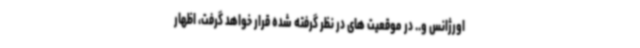
اورژانس و.. در موقعیت های در نظر گرفته شده قرار خواهد گرفت، اظهار